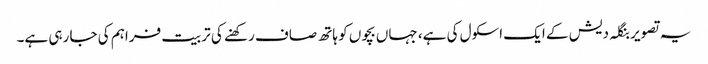
یہ تصویر بنگلہ دیش کے ایک اسکول کی ہے، جہاں بچوں کو ہاتھ صاف رکھنے کی تربیت فراہم کی جا رہی ہے۔